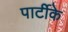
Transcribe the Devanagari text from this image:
पार्टीके